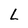
Character: L